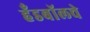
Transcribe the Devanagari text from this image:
हँडबॉलचे